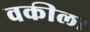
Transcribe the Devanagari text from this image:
वकील।